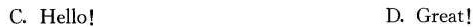
C. Hello! D. Great!